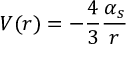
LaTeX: V ( r ) = - \frac { 4 } { 3 } \frac { \alpha _ { s } } { r }